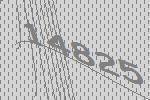
14825